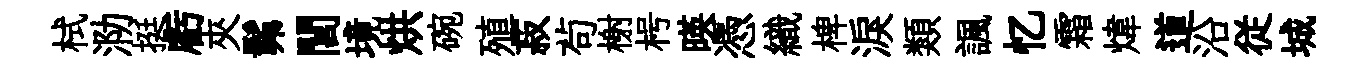
栻泐挺虧夾髴閭境烘碗殖菽茍榭枵暎憑織椑淚類諷忆霜煒道沿従城